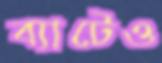
ব্যাটেও